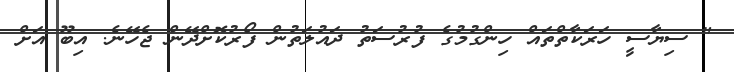
" ސިޔާސީ ހަރަކާތްތައް ހިންގުމުގެ ފުރުސަތު ދައުލަތުން ފޯރުކޮށްދޭން ޖެހޭނެ. އިބޫ އަށް